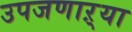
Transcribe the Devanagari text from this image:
उपजणाऱ्या